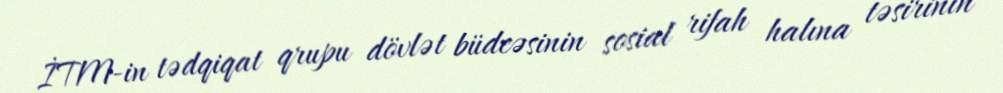
İTM-in tədqiqat qrupu dövlət büdcəsinin sosial rifah halına təsirinin